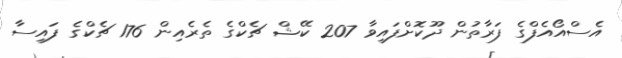
އެސްއޯއެފްގެ ފަރާތުން ދޫކޮށްފައިވާ 207 ކޭޝް ޗެކްގެ ތެރެއިން 176 ޗެކްގެ ފައިސާ